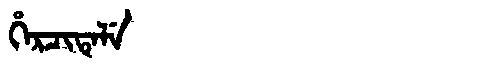
Manchu: ᡥᡝᡵᠴᡳᡨᡝᠯᡝ
Romanization: HERCITELE